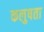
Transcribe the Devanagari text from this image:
कलुषता